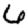
Digit: 6